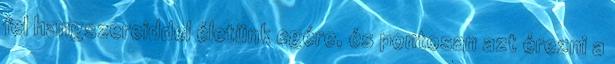
fel hangszereiddel életünk egére, és pontosan azt érezni a